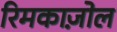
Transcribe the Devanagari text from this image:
रिमकाज़ोल